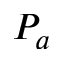
P _ { a }